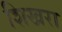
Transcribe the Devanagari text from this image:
शिखरा